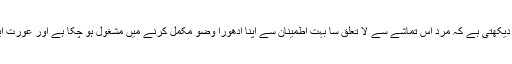
وہ چیختی ہے اور اس عورت اور مرد کو مدد کے لیے پکارتی ہے لیکن دیکھتی ہے کہ مرد اس تماشے سے لا تعلق سا بہت اطمینان سے اپنا ادھورا وضو مکمل کرنے میں مشغول ہو چکا ہے اور عورت ایک سہولت کے احساس کے ساتھ کفنائے گئے بچوں پر بین کر رہی ہے۔